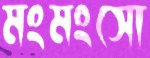
মংমংসো